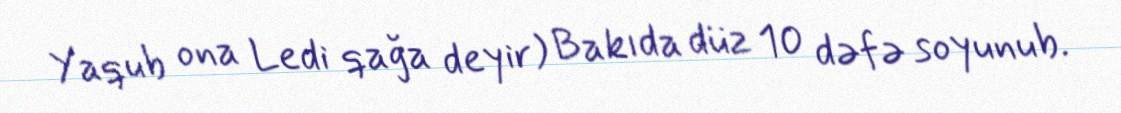
Yaqub ona Ledi qağa deyir) Bakıda düz 10 dəfə soyunub.